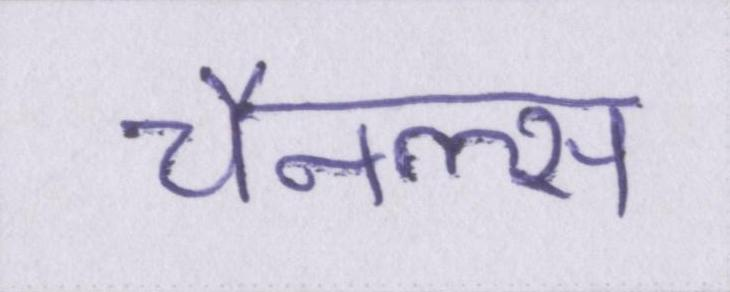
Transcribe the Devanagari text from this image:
चैनल्स